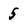
Character: 5